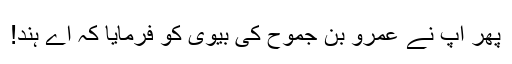
پھر آپ نے عَمرِو بِن جَمُوح کی بیوی کو فرمایا کہ اے ہند!